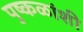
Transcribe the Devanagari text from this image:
पुष्कळांशी